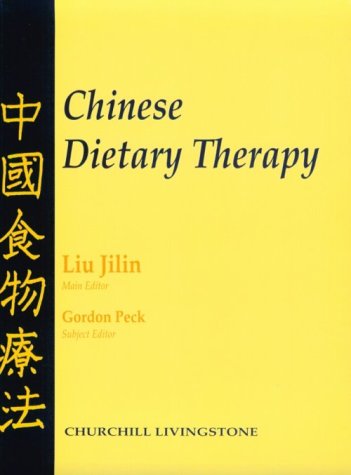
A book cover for Chinese Dietary Therapy; Medical Books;